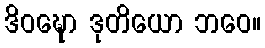
ဒိဝဍ္ဎော ဒုတိယော ဘဝေ။